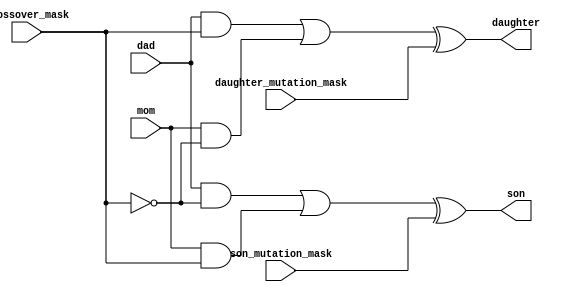
`ifndef __CROSSOVER_MUTATION__
`define __CROSSOVER_MUTATION__


module CrossoverMutation #(
	parameter Width = 32
) (
	input [Width-1:0]dad,
	input [Width-1:0]mom,

	input [Width-1:0]daughter_mutation_mask,
	input [Width-1:0]son_mutation_mask,

	input [Width-1:0]crossover_mask,


	output [Width-1:0]daughter,
	output [Width-1:0]son
);

assign daughter = ((dad & crossover_mask) | (mom & ~crossover_mask )) ^ daughter_mutation_mask;
assign son = ((dad & ~crossover_mask) | (mom & crossover_mask )) ^ son_mutation_mask;

endmodule



`endif